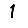
Digit: 1